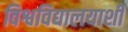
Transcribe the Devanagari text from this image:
विश्वविद्यालयाशी